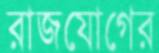
রাজযোগের